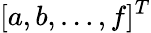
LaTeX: [a,b,\dots,f]^{T}